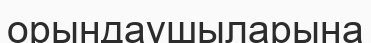
орындаушыларына